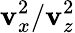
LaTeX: \mathbf{v}_{x}^{2}/\mathbf{v}_{z}^{2}